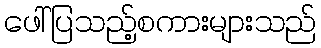
ဖေါ်ပြသည့်စကားများသည်